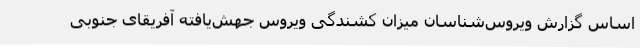
اساس گزارش ویروس‌شناسان میزان کشندگی ویروس جهش‌یافته آفریقای جنوبی